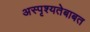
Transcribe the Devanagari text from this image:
अस्पृश्यतेबाबत